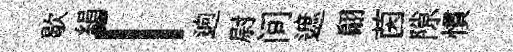
歇絹「逈尉间遮翩茵隙慣